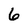
Character: 6